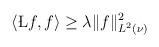
LaTeX: \begin{align*}\begin{aligned}\langle \L f, f \rangle \geq \lambda \| f \|^2_{L^2(\nu)}\end{aligned}\end{align*}